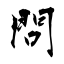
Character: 問